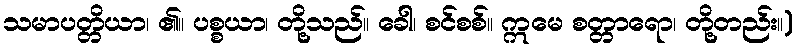
သမာပတ္တိယာ၊ ၏။ ပစ္စယာ၊ တို့သည်။ ခေါ၊ စင်စစ်။ ဣမေ စတ္တာရော၊ တို့တည်း။)